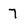
Character: 7